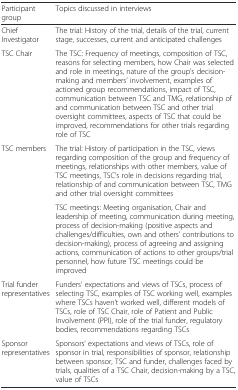
<table><thead><tr><td><b>Participant group</b></td><td><b>Topics discussed in interviews</b></td></tr></thead><tbody><tr><td>Chief Investigator</td><td>The trial: History of the trial, details of the trial, current stage, successes, current and anticipated challenges</td></tr><tr><td>TSC Chair</td><td>The TSC: Frequency of meetings, composition of TSC, reasons for selecting members, how Chair was selected and role in meetings, nature of the group’s decision-making and members’ involvement, examples of actioned group recommendations, impact of TSC, communication between TSC and TMG, relationship of and communication between TSC and other trial oversight committees, aspects of TSC that could be improved, recommendations for other trials regarding role of TSC</td></tr><tr><td rowspan="2">TSC members</td><td>The trial: History of participation in the TSC, views regarding composition of the group and frequency of meetings, relationships with other members, value of TSC meetings, TSC’s role in decisions regarding trial, relationship of and communication between TSC, TMG and other trial oversight committees</td></tr><tr><td>TSC meetings: Meeting organisation, Chair and leadership of meeting, communication during meeting, process of decision-making (positive aspects and challenges/difficulties, own and others’ contributions to decision-making), process of agreeing and assigning actions, communication of actions to other groups/trial personnel, how future TSC meetings could be improved</td></tr><tr><td>Trial funder representatives</td><td>Funders’ expectations and views of TSCs, process of selecting TSC, examples of TSC working well, examples where TSCs haven’t worked well, different models of TSCs, role of TSC Chair, role of Patient and Public Involvement (PPI), role of the trial funder, regulatory bodies, recommendations regarding TSCs</td></tr><tr><td>Sponsor representatives</td><td>Sponsors’ expectations and views of TSCs, role of sponsor in trial, responsibilities of sponsor, relationship between sponsor, TSC and funder, challenges faced by trials, qualities of a TSC Chair, decision-making by a TSC, value of TSCs</td></tr></tbody></table>